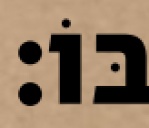
בּוֹ׃